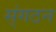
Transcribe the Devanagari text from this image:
स्ंगठन